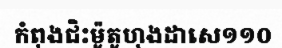
កំពុងជិះម៉ូតូហុងដាសេ១១០